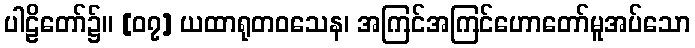
ပါဠိတော်၌။ [၀၇] ယထာရုတဝသေန၊ အကြင်အကြင်ဟောတော်မူအပ်သော